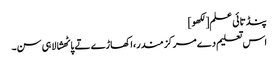
پنڈتائی علم[لکھو]
اس تعلیم دے مرکز مندر،اکھاڑے تے پاٹھشالا ہی سن۔